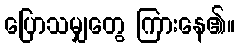
ပြောသမျှတွေ ကြားနေ၏။